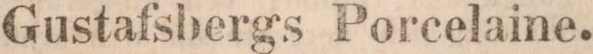
Gustafsbergs Porcelaine.